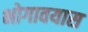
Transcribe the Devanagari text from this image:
भोगावयास